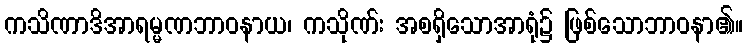
ကသိဏာဒိအာရမ္မဏဘာဝနာယ၊ ကသိုဏ်း အစရှိသောအာရုံ၌ ဖြစ်သောဘာဝနာ၏။